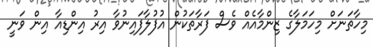
މިހާތަނަށް މިހަމަލާގެ ޒިންމާއެއް ވެސް ފަރާތަކުން އުފުލާފައިނުވާ އިރު އިންޑިއާ އިން ވަނީ